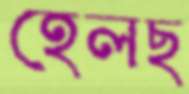
হেলছ